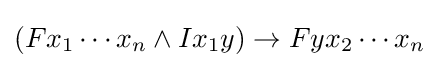
(Fx_{1}\cdots x_{n}\land Ix_{1}y)\rightarrow Fyx_{2}\cdots x_{n}